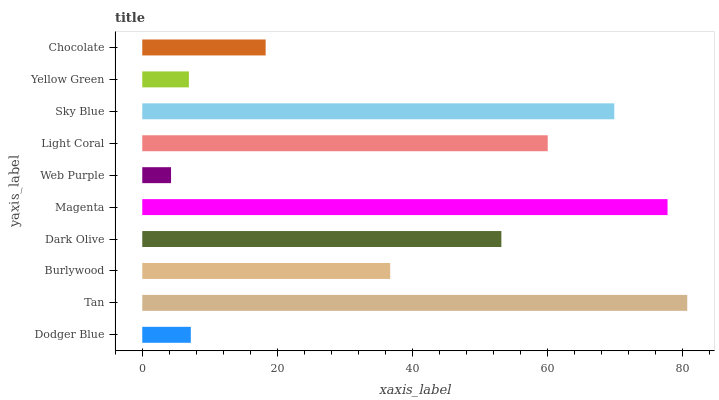
| yaxis_label | bars |
 | --- | --- |
 | Dodger Blue | 7.19 |
 | Tan | 80.7 |
 | Burlywood | 36.7 |
 | Dark Olive | 53.2 |
 | Magenta | 77.8 |
 | Web Purple | 4.26 |
 | Light Coral | 60 |
 | Sky Blue | 69.9 |
 | Yellow Green | 6.9 |
 | Chocolate | 18.3 |